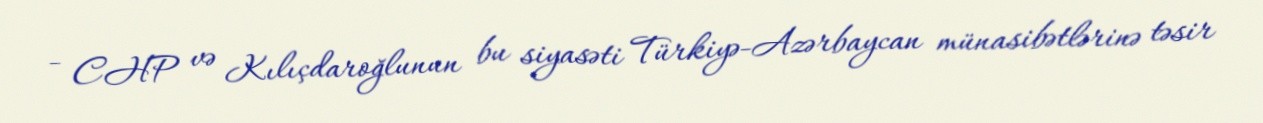
- CHP və Kılıçdaroğlunun bu siyasəti Türkiyə-Azərbaycan münasibətlərinə təsir